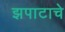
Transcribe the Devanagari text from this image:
झपाटाचे